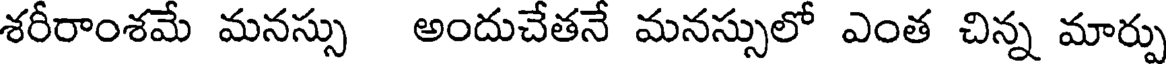
శరీరాంశమే మనస్సు అందుచేతనే మనస్సులో ఎంత చిన్న మార్పు